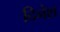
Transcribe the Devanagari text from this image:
दिनेश